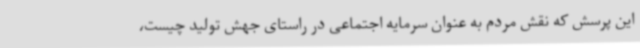
این پرسش که نقش مردم به عنوان سرمایه اجتماعی در راستای جهش تولید چیست،